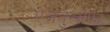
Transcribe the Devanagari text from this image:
ऐज़तुस्सफ़ा